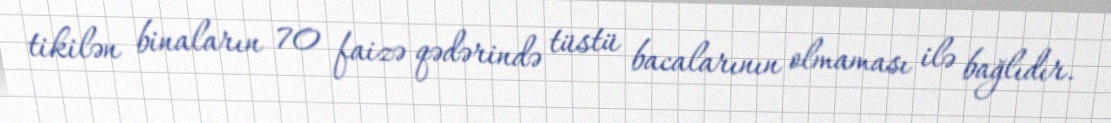
tikilən binaların 70 faizə qədərində tüstü bacalarının olmaması ilə bağlıdır.